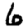
Digit: 6